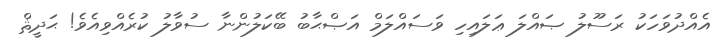
އެއްދުވަހަކު ރަސޫލު ޞައްލަ ޢަލައިހި ވަސައްލަމް އަޞްޙާބު ބޭކަލުންނާ ސުވާލު ކުރެއްވިއެވެ! ޙަދީޘް